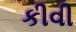
કીવી